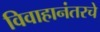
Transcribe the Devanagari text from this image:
विवाहानंतरचे